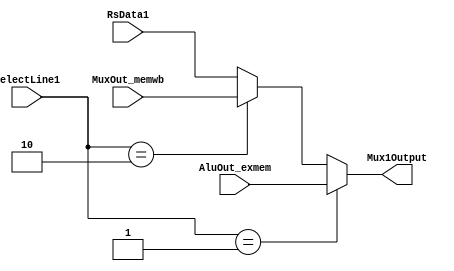
`timescale 1ns / 1ps


module AluMUX1(
    output [31:0] Mux1Output,
    input [31:0] RsData1,
	 input [31:0] AluOut_exmem,
	 input [31:0] MuxOut_memwb,
	 input [1:0] selectLine1
    );

     
	 reg[31:0] tempOut;
	 
	 always@(*)
	 begin
	       
			 if(selectLine1 == 2'b01)
			 begin
			      tempOut = AluOut_exmem;
			 end
			 
			 else if(selectLine1 == 2'b10)
			 begin
			      tempOut = MuxOut_memwb;
			 end
			 
			 
			 else 
			 begin
			      tempOut = RsData1;
			 end
			 
	 end
	 
	 
	 assign Mux1Output = tempOut;
 
endmodule